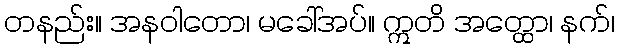
တနည်း။ အနဝါတော၊ မခေါ်အပ်။ ဣတိ အတ္ထော၊ နက်၊